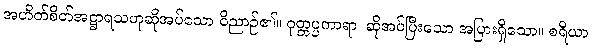
အဟိတ်စိတ်အဋ္ဌာရသဟုဆိုအပ်သော ဝိညာဉ်၏။ ဝုတ္တပ္ပကာရာ၊ ဆိုအပ်ပြီးသော အပြားရှိသော။ စရိယာ